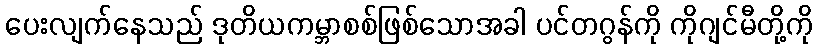
ပေးလျက်နေသည် ဒုတိယကမ္ဘာစစ်ဖြစ်သောအခါ ပင်တဂွန်ကို ကိုဂျင်မီတို့ကို